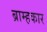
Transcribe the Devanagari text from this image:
ब्राम्हकार